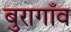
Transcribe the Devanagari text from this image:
बुरागाँव